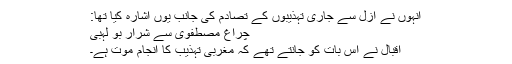
انہوں نے ازل سے جاری تہذیبوں کے تصادم کی جانب یوں اشارہ کیا تھا:
چراغِ مصطفوی سے شرار بو لہبی
اقبال نے اس بات کو جانتے تھے کہ مغربی تہذیب کا انجام موت ہے۔